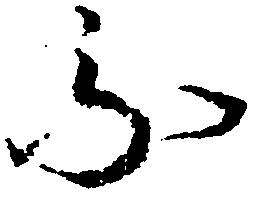
不